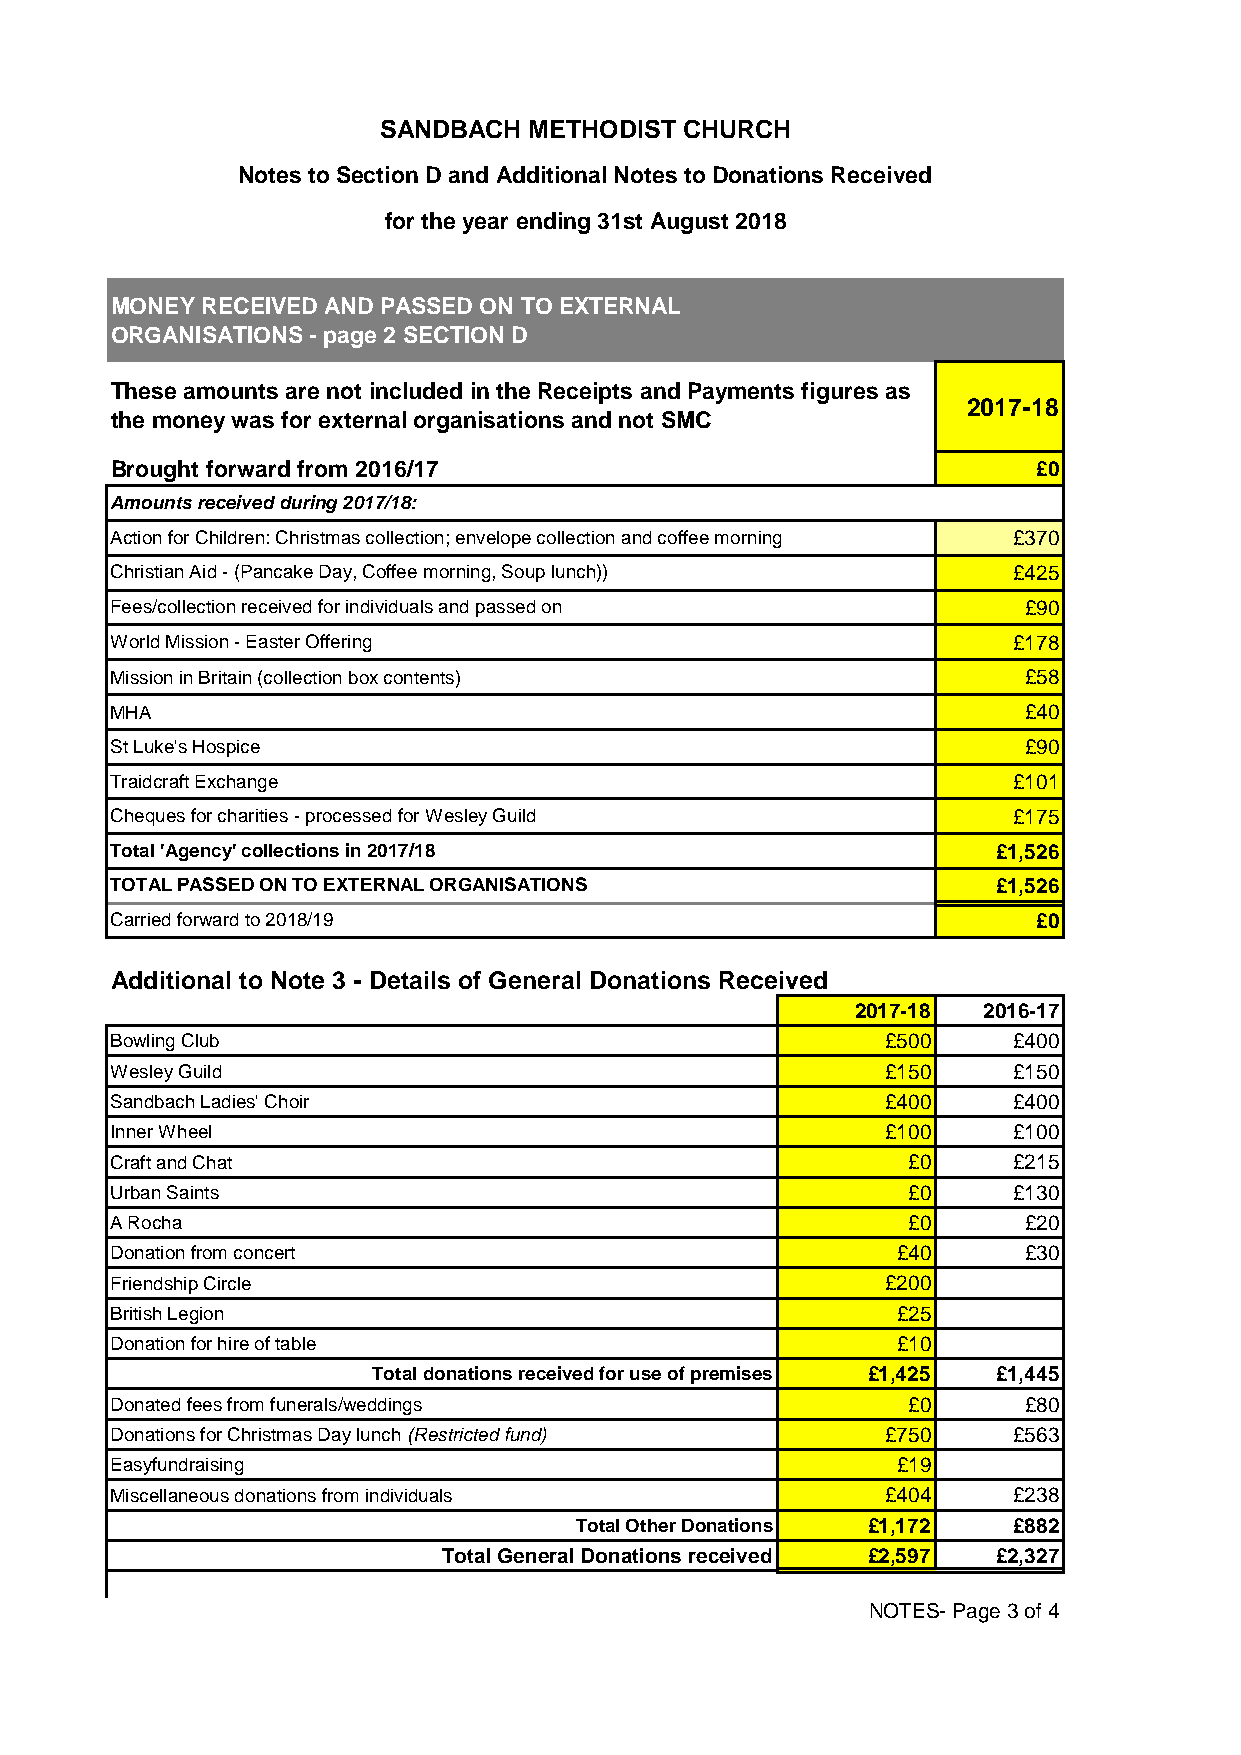
SANDBACH  METHODIST CHURCH
 Notes to Section D and Additional Notes to Donations Received
 for the year ending 31st August 2018
 MONEY RECEIVED AND PASSED ON TO EXTERNAL
 ORGANISATIONS - page 2 SECTION D
 These amounts are not included in the Receipts and Payments figures as
 2017-18
 the money was for external organisations and not SMC
 Brought forward from 2016/17                                  £0
 Amounts received during 2017/18:
 Action for Children: Christmas collection; envelope collection and coffee morning £370
 Christian Aid - (Pancake Day, Coffee morning, Soup lunch))  £425
 Fees/collection received for individuals and passed on       £90
 World Mission - Easter Offering                             £178
 Mission in Britain (collection box contents)                 £58
 MHA                                                          £40
 St Luke's Hospice                                            £90
 Traidcraft Exchange                                         £101
 Cheques for charities - processed for Wesley Guild          £175
 Total 'Agency' collections in 2017/18                      £1,526
 TOTAL PASSED ON TO EXTERNAL ORGANISATIONS                  £1,526
 Carried forward to 2018/19                                    £0
 Additional to Note 3 - Details of General Donations Received
 2017-18 2016-17
 Bowling Club                                        £500    £400
 Wesley Guild                                        £150    £150
 Sandbach Ladies' Choir                              £400    £400
 Inner Wheel                                         £100    £100
 Craft and Chat                                       £0     £215
 Urban Saints                                         £0     £130
 A Rocha                                              £0      £20
 Donation from concert                               £40      £30
 Friendship Circle                                   £200
 British Legion                                      £25
 Donation for hire of table                          £10
 Total donations received for use of premises £1,425 £1,445
 Donated fees from funerals/weddings                  £0      £80
 Donations for Christmas Day lunch (Restricted fund) £750    £563
 Easyfundraising                                     £19
 Miscellaneous donations from individuals            £404    £238
 Total Other Donations £1,172 £882
 Total General Donations received £2,597 £2,327
 NOTES- Page 3 of 4